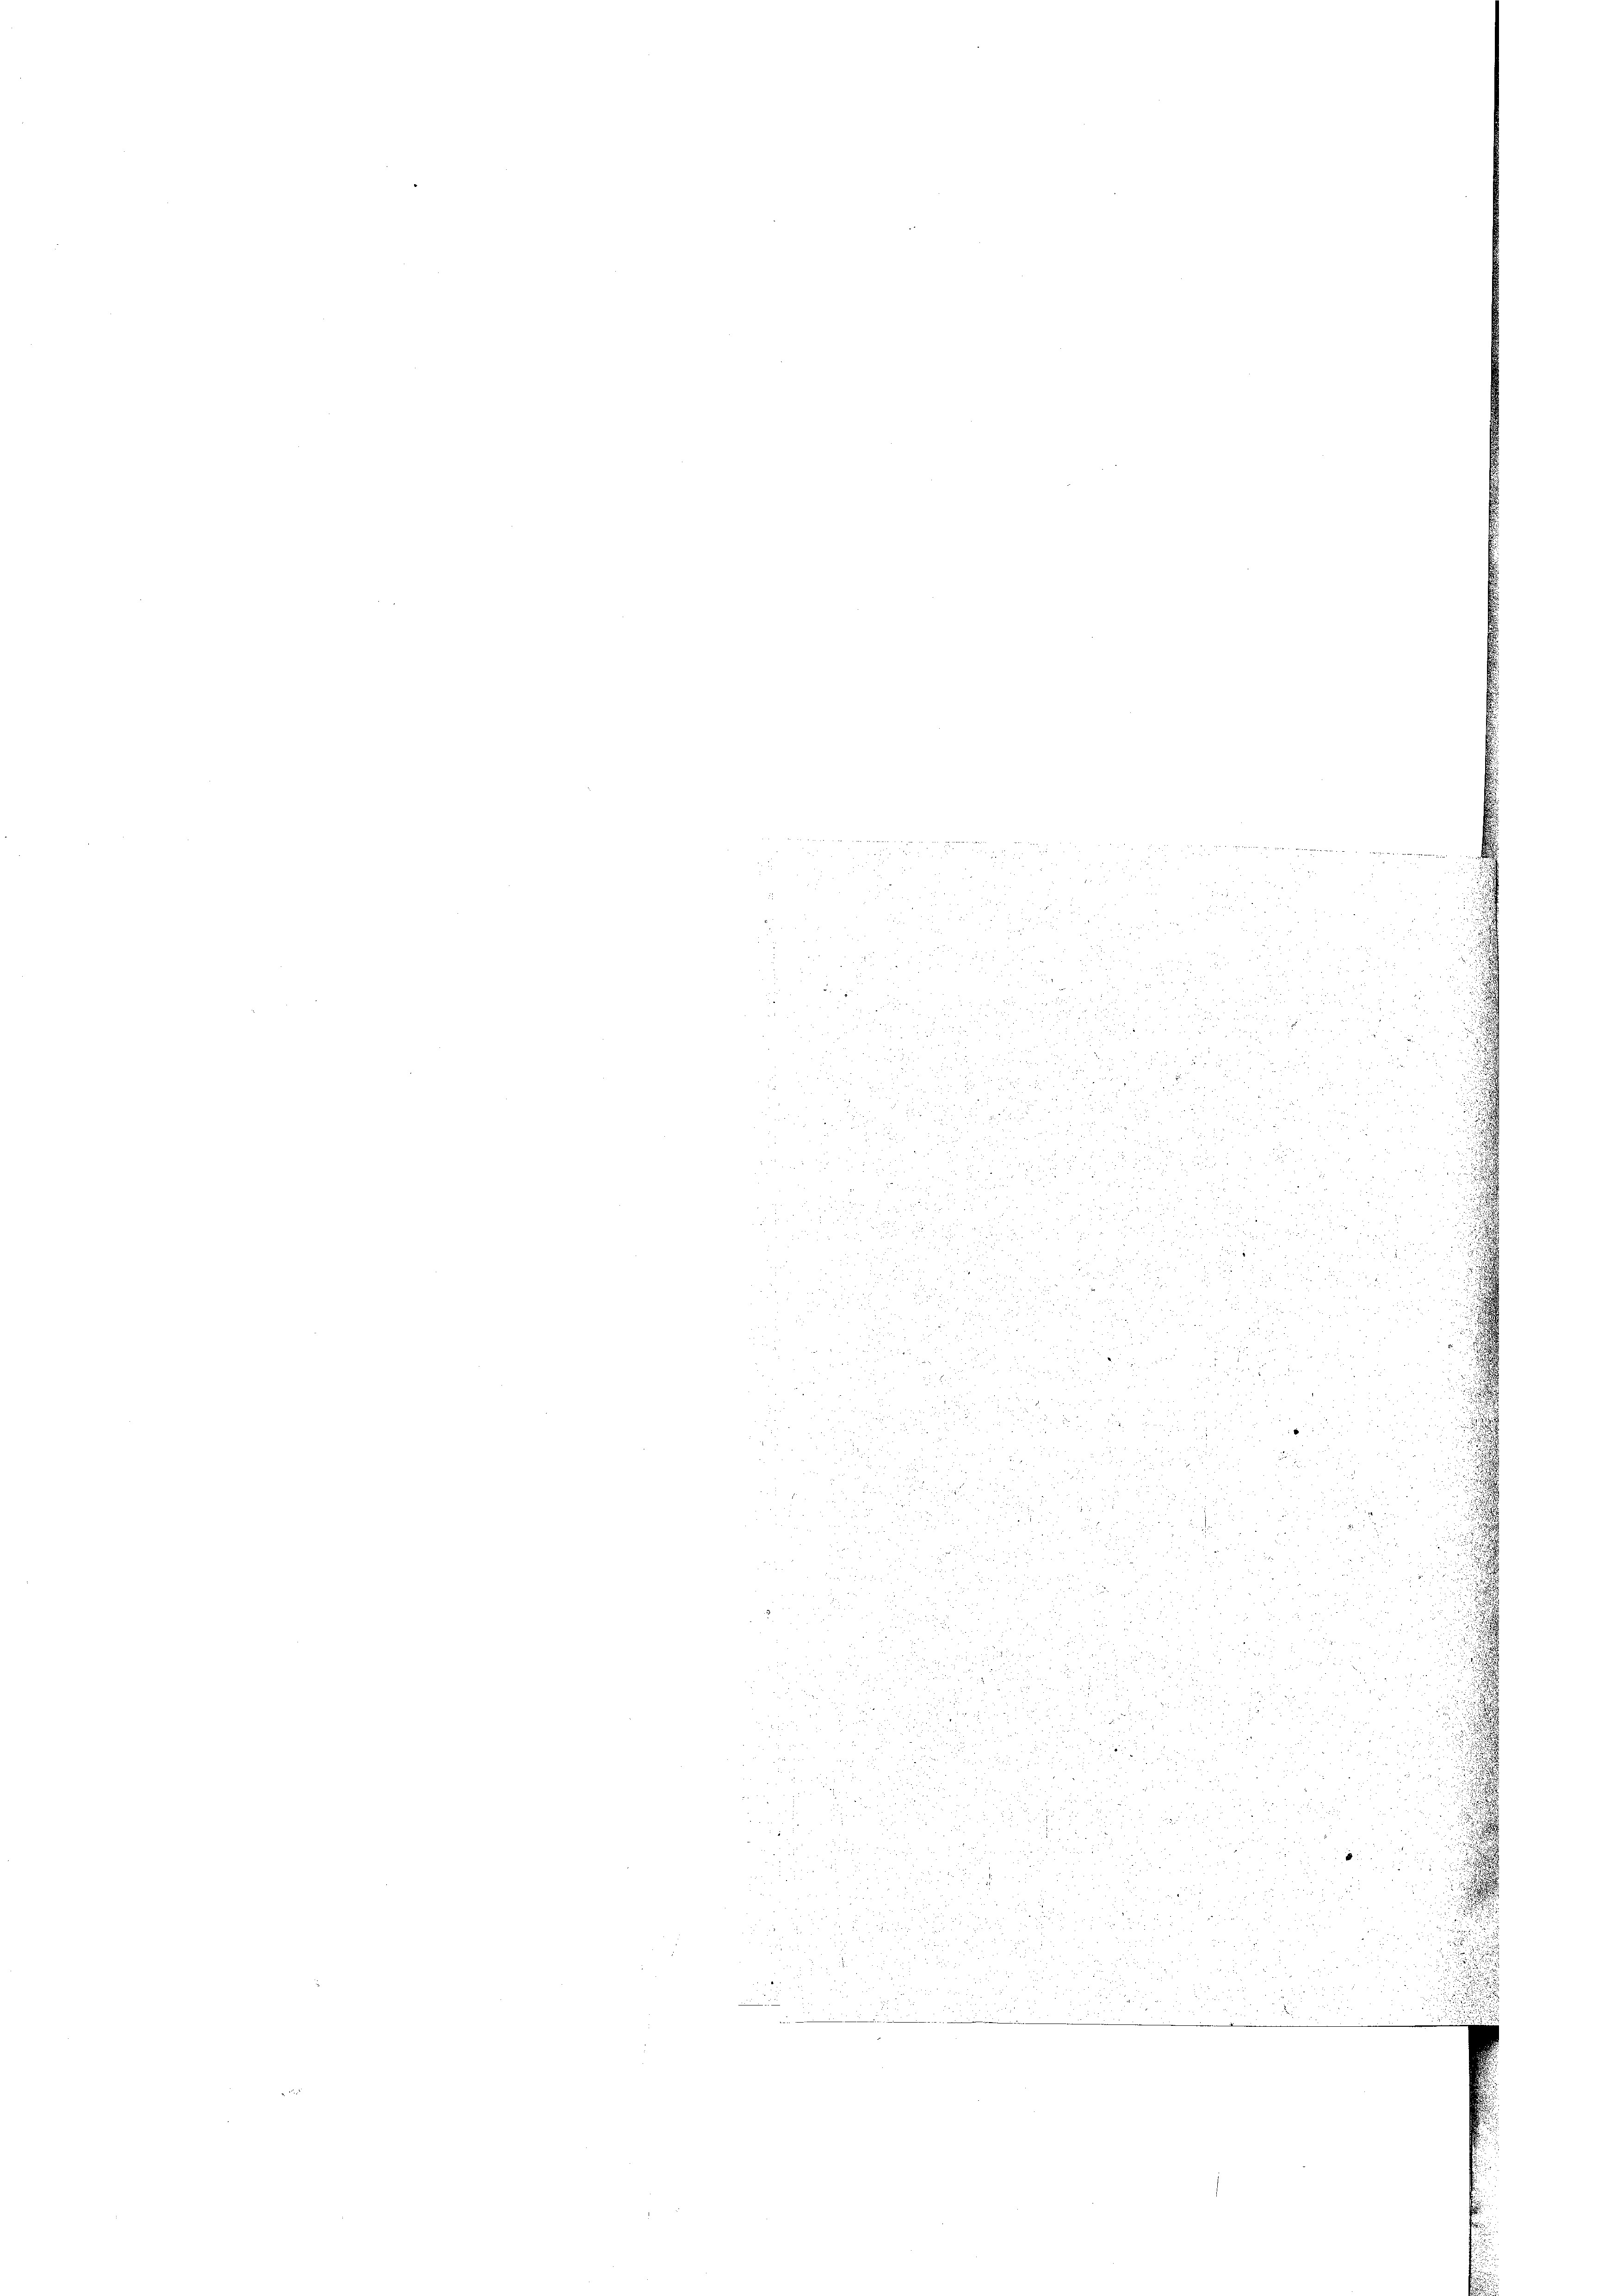
a der den ist in gegen, in eine nament nun u. namenten seinen

5
.
2
i
2

2

n
e
33
2 x

ode d

i
2 x 2 x
¬
 f 0 x
 2

5

5
d

raus der

 58
5 x
d
2
r
5

o p

d

5 x

 f 0 x
2
.

.
s
u
n

x
 8

u

5

5

r zu

 20
9

a
x

.
2. Freun

 20

.
5

 30

 4 f 0 x

2

d

2
d

2

8

5 15 x

u